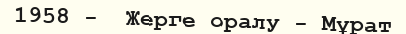
1958 -  Жерге оралу - Мұрат